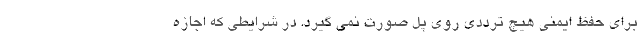
برای حفظ ایمنی هیچ ترددی روی پل صورت نمی گیرد. در شرایطی که اجازه